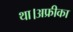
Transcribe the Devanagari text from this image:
था।अफ्रीका